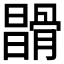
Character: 𩩪